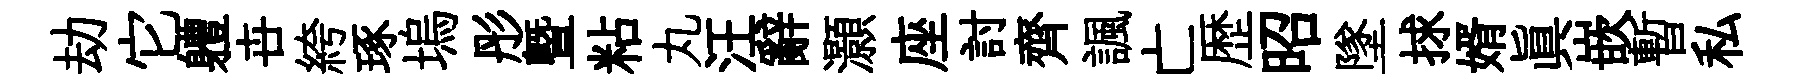
劫它軆卋絝琢塢彤暨粘丸汪辭灝座討齊諷亡歴昭墜捄婿真嵌暫私